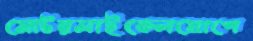
মোটরসাইকেলযোগে